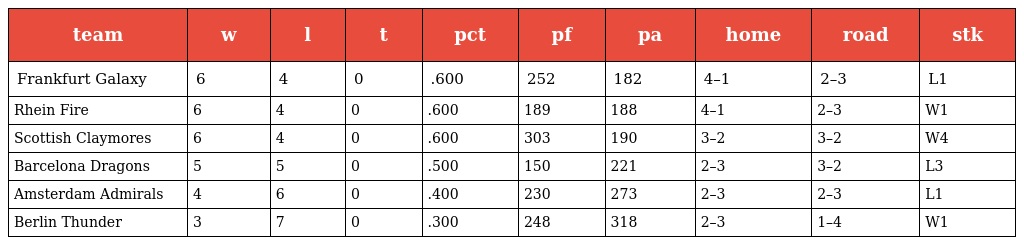
| team | w | l | t | pct | pf | pa | home | road | stk |
 | --- | --- | --- | --- | --- | --- | --- | --- | --- | --- |
 | Frankfurt Galaxy | 6 | 4 | 0 | .600 | 252 | 182 | 4–1 | 2–3 | L1 |
 | Rhein Fire | 6 | 4 | 0 | .600 | 189 | 188 | 4–1 | 2–3 | W1 |
 | Scottish Claymores | 6 | 4 | 0 | .600 | 303 | 190 | 3–2 | 3–2 | W4 |
 | Barcelona Dragons | 5 | 5 | 0 | .500 | 150 | 221 | 2–3 | 3–2 | L3 |
 | Amsterdam Admirals | 4 | 6 | 0 | .400 | 230 | 273 | 2–3 | 2–3 | L1 |
 | Berlin Thunder | 3 | 7 | 0 | .300 | 248 | 318 | 2–3 | 1–4 | W1 |